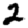
Digit: 2